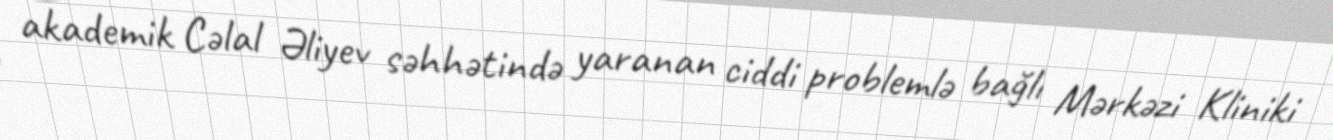
akademik Cəlal Əliyev səhhətində yaranan ciddi problemlə bağlı Mərkəzi Kliniki